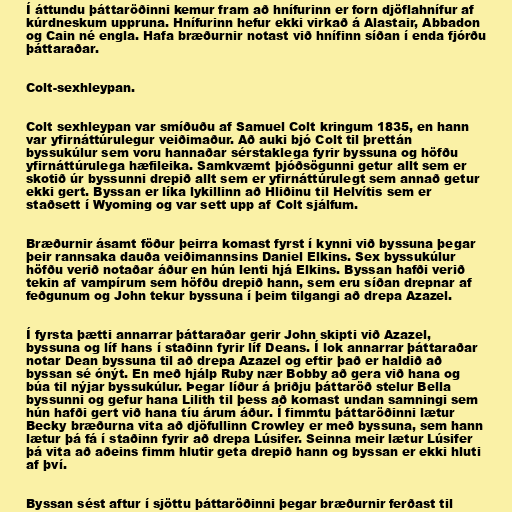
Í áttundu þáttaröðinni kemur fram að hnífurinn er forn djöflahnífur af
kúrdneskum uppruna. Hnífurinn hefur ekki virkað á Alastair, Abbadon
og Cain né engla. Hafa bræðurnir notast við hnífinn síðan í enda fjórðu
þáttaraðar.

Colt-sexhleypan.

Colt sexhleypan var smíðuðu af Samuel Colt kringum 1835, en hann
var yfirnáttúrulegur veiðimaður. Að auki bjó Colt til þrettán
byssukúlur sem voru hannaðar sérstaklega fyrir byssuna og höfðu
yfirnáttúrulega hæfileika. Samkvæmt þjóðsögunni getur allt sem er
skotið úr byssunni drepið allt sem er yfirnáttúrulegt sem annað getur
ekki gert. Byssan er líka lykillinn að Hliðinu til Helvítis sem er
staðsett í Wyoming og var sett upp af Colt sjálfum.

Bræðurnir ásamt föður þeirra komast fyrst í kynni við byssuna þegar
þeir rannsaka dauða veiðimannsins Daniel Elkins. Sex byssukúlur
höfðu verið notaðar áður en hún lenti hjá Elkins. Byssan hafði verið
tekin af vampírum sem höfðu drepið hann, sem eru síðan drepnar af
feðgunum og John tekur byssuna í þeim tilgangi að drepa Azazel.

Í fyrsta þætti annarrar þáttaraðar gerir John skipti við Azazel,
byssuna og líf hans í staðinn fyrir líf Deans. Í lok annarrar þáttaraðar
notar Dean byssuna til að drepa Azazel og eftir það er haldið að
byssan sé ónýt. En með hjálp Ruby nær Bobby að gera við hana og
búa til nýjar byssukúlur. Þegar líður á þriðju þáttaröð stelur Bella
byssunni og gefur hana Lilith til þess að komast undan samningi sem
hún hafði gert við hana tíu árum áður. Í fimmtu þáttaröðinni lætur
Becky bræðurna vita að djöfullinn Crowley er með byssuna, sem hann
lætur þá fá í staðinn fyrir að drepa Lúsifer. Seinna meir lætur Lúsifer
þá vita að aðeins fimm hlutir geta drepið hann og byssan er ekki hluti
af því.

Byssan sést aftur í sjöttu þáttaröðinni þegar bræðurnir ferðast til